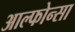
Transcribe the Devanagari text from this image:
आल्फोन्सा